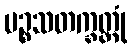
ပဉ္စသတက္ခတ္တုံ